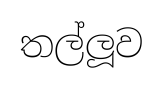
තල්ලූව